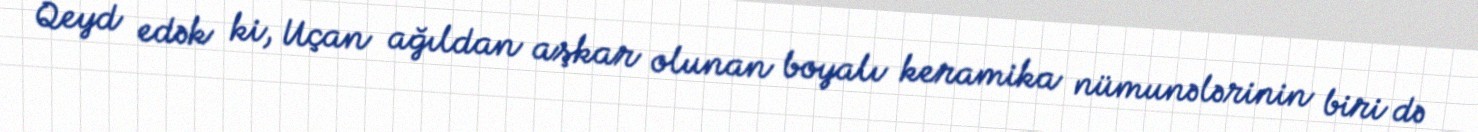
Qeyd edək ki, Uçan ağıldan aşkar olunan boyalı keramika nümunələrinin biri də